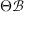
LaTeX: \Theta { \mathcal { B } }